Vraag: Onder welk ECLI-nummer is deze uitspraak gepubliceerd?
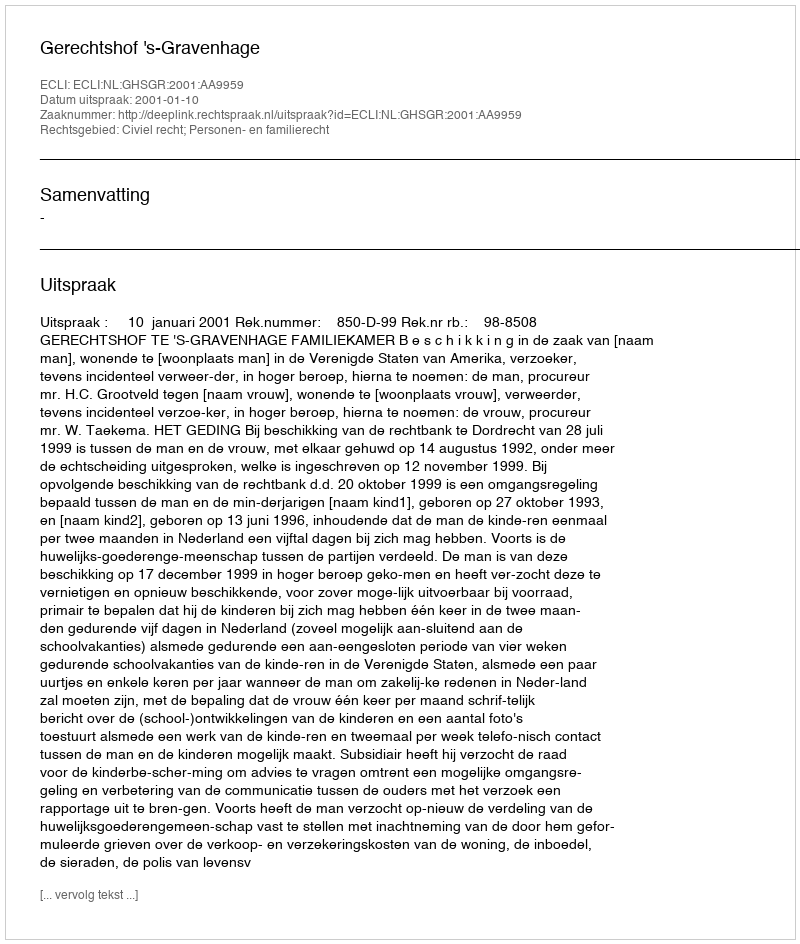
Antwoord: ECLI:NL:GHSGR:2001:AA9959